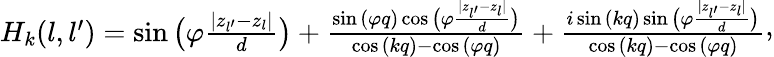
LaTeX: \begin{array}{r}{H_{k}(l,l^{\prime})=\sin{\big(\varphi\frac{|z_{l^{\prime}}-z_{l}|}{d}\big)}+\frac{\sin{(\varphi q)}\cos{\big(\varphi\frac{|z_{l^{\prime}}-z_{l}|}{d}\big)}}{\cos{(kq)}-\cos{(\varphi q)}}+\frac{i\sin{(kq)}\sin{\big(\varphi\frac{|z_{l^{\prime}}-z_{l}|}{d}\big)}}{\cos{(kq)}-\cos{(\varphi q)}}}\end{array},